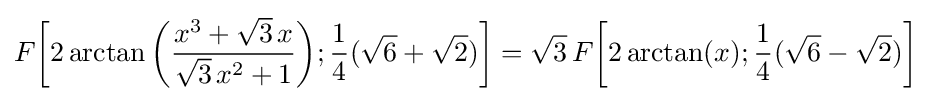
F{\biggl [}2\arctan {\biggl (}{\frac {x^{3}+{\sqrt {3}}\,x}{{\sqrt {3}}\,x^{2}+1}}{\biggr )};{\frac {1}{4}}({\sqrt {6}}+{\sqrt {2}}){\biggr ]}={\sqrt {3}}\,F{\biggl [}2\arctan(x);{\frac {1}{4}}({\sqrt {6}}-{\sqrt {2}}){\biggr ]}